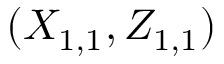
( X _ { 1 , 1 } , Z _ { 1 , 1 } )